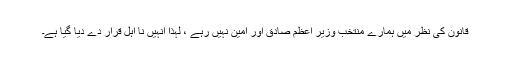
قانون کی نظر میں ہمارے منتخب وزیر اعظم صادق اور امین نہیں رہے ، لہٰذا انہیں نا اہل قرار دے دیا گیا ہے۔